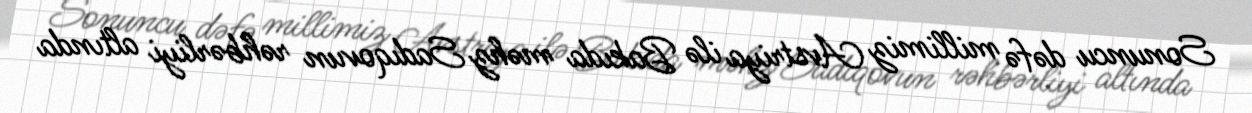
Sonuncu dəfə millimiz Avstriya ilə Bakıda məhz Sadıqovun rəhbərliyi altında